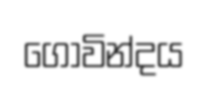
ගොවින්දය